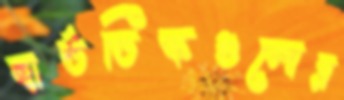
হার্ডডিস্কগুলোর